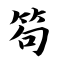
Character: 笱